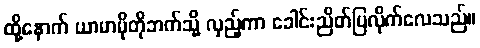
ထို့နောက် ယာမာမိုတိုဘက်သို့ လှည့်ကာ ခေါင်းညိတ်ပြလိုက်လေသည်။